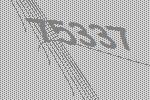
75337